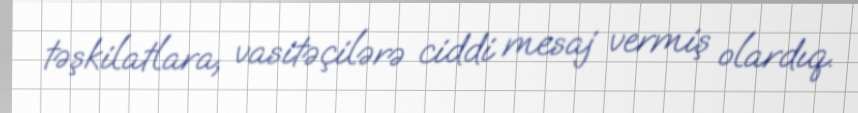
təşkilatlara, vasitəçilərə ciddi mesaj vermiş olardıq.